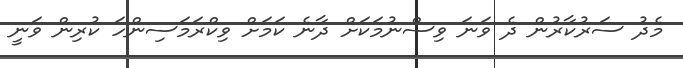
މެދު ސަރުކާރުން ދެ ވަނަ ވިސްނުމަކަށް ދާނެ ކަމަށް ވިކްރަމަސިންހަ ކުރިން ވަނީ